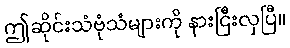
ဤဆိုင်းသံဗုံသံများကို နားငြီးလှပြီ။